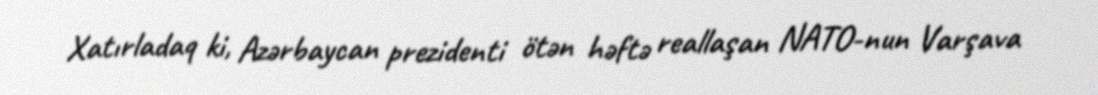
Xatırladaq ki, Azərbaycan prezidenti ötən həftə reallaşan NATO-nun Varşava